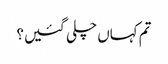
تم کہاں چلی گئیں؟